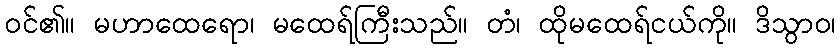
ဝင်၏။ မဟာထေရော၊ မထေရ်ကြီးသည်။ တံ၊ ထိုမထေရ်ငယ်ကို။ ဒိသွာဝ၊